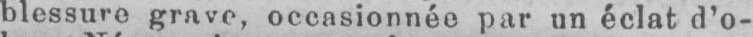
blessure grave, occasionnée par un éclat d’o-